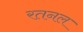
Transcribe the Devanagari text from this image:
रतनल